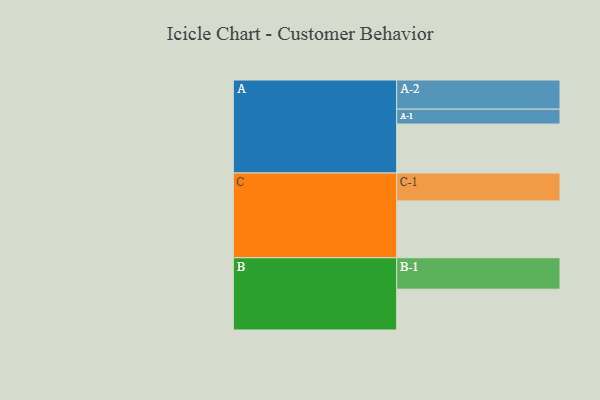
{"axis": {"x": "Segment", "y": "Value"}, "legend": ["", "A", "B", "C"], "data": [{"x": "A", "y": 455, "type": ""}, {"x": "B", "y": 379, "type": ""}, {"x": "C", "y": 528, "type": ""}, {"x": "A-1", "y": 138, "type": "A"}, {"x": "A-2", "y": 271, "type": "A"}, {"x": "B-1", "y": 292, "type": "B"}, {"x": "C-1", "y": 259, "type": "C"}]}